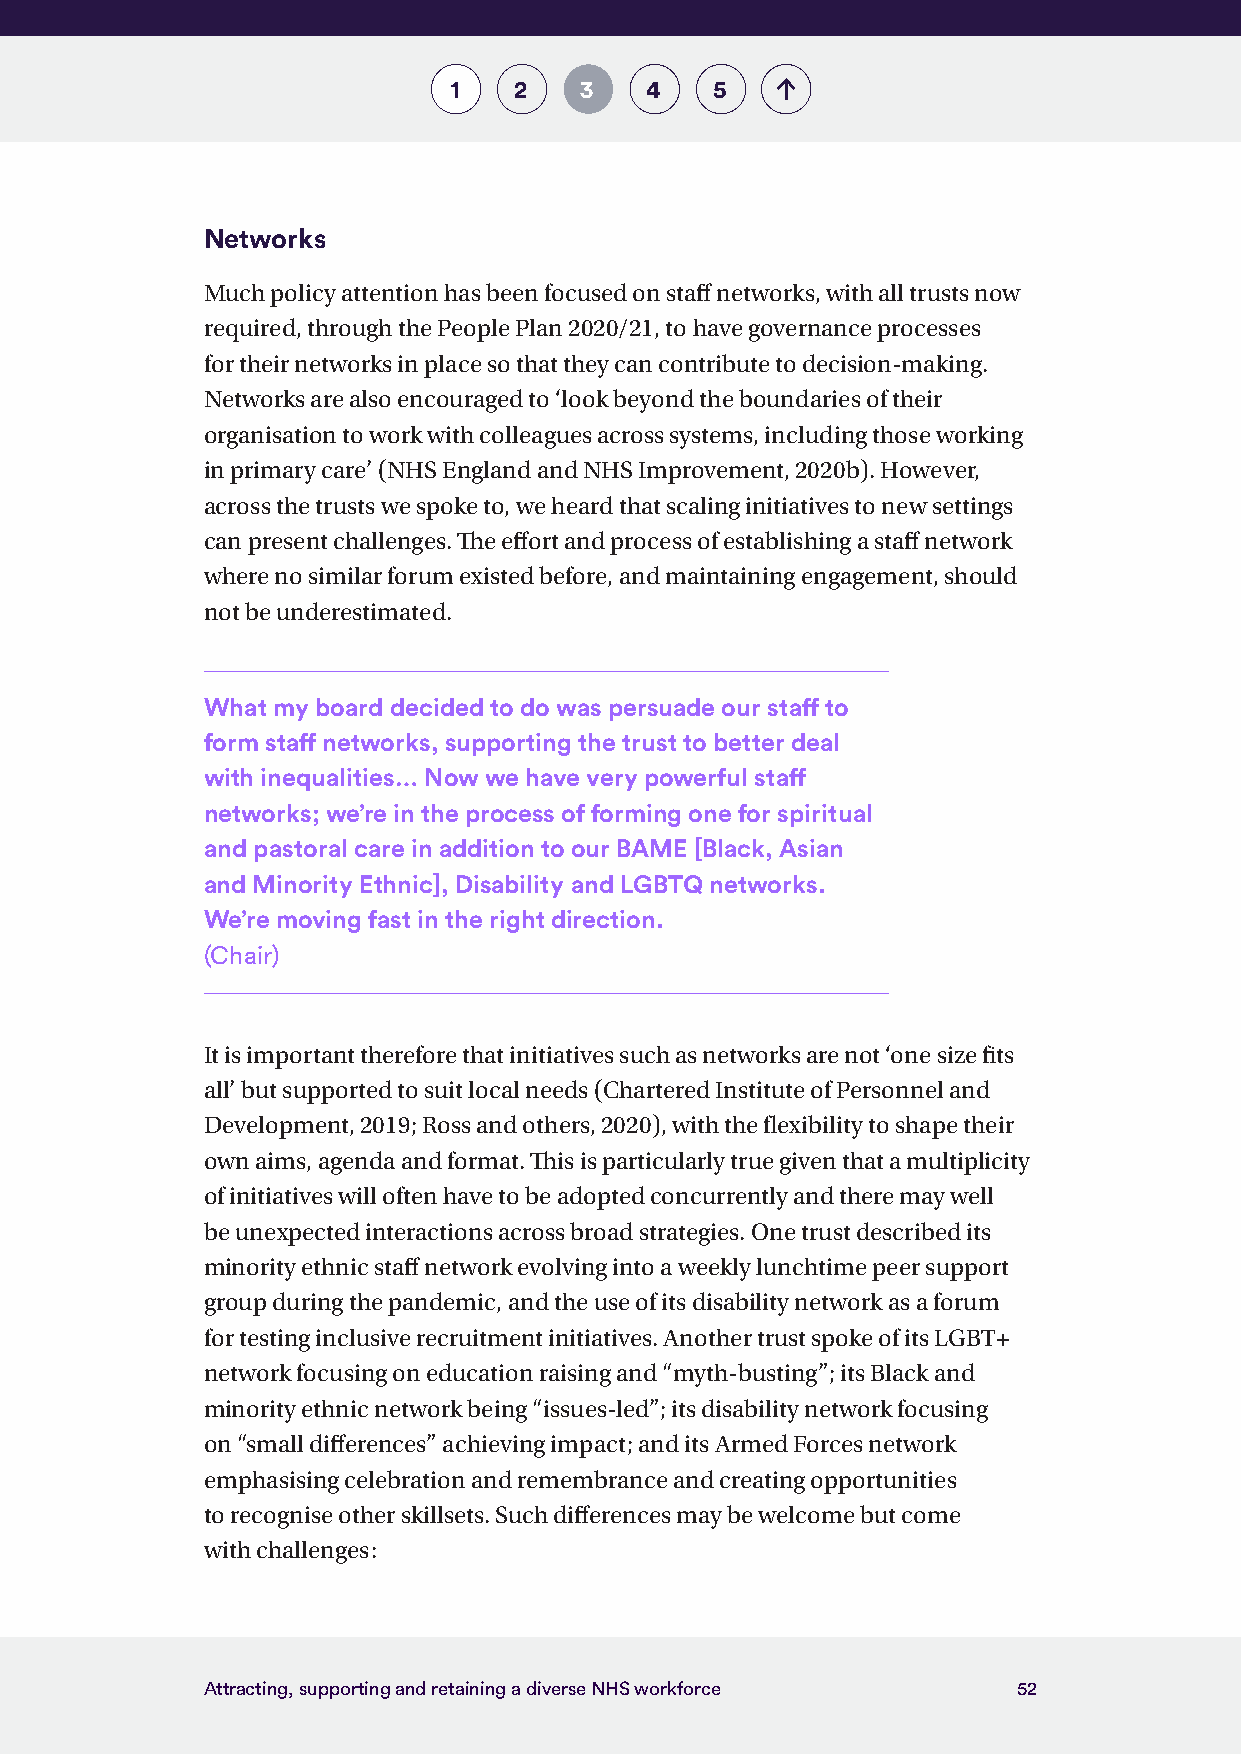
1   2   3    4   5
 Networks
 Much policy attention has been focused on staff networks, with all trusts now
 required, through the People Plan 2020/21, to have governance processes
 for their networks in place so that they can contribute to decision-making.
 Networks are also encouraged to ‘look beyond the boundaries of their
 organisation to work with colleagues across systems, including those working
 in primary care’ (NHS England and NHS Improvement, 2020b). However,
 across the trusts we spoke to, we heard that scaling initiatives to new settings
 can present challenges. The effort and process of establishing a staff network
 where no similar forum existed before, and maintaining engagement, should
 not be underestimated.
 What my board decided to do was persuade our staff to
 form staff networks, supporting the trust to better deal
 with inequalities… Now we have very powerful staff
 networks; we’re in the process of forming one for spiritual
 and pastoral care in addition to our BAME [Black, Asian
 and Minority Ethnic], Disability and LGBTQ networks.
 We’re moving fast in the right direction.
 (Chair)
 It is important therefore that initiatives such as networks are not ‘one size fits
 all’ but supported to suit local needs (Chartered Institute of Personnel and
 Development, 2019; Ross and others, 2020), with the flexibility to shape their
 own aims, agenda and format. This is particularly true given that a multiplicity
 of initiatives will often have to be adopted concurrently and there may well
 be unexpected interactions across broad strategies. One trust described its
 minority ethnic staff network evolving into a weekly lunchtime peer support
 group during the pandemic, and the use of its disability network as a forum
 for testing inclusive recruitment initiatives. Another trust spoke of its LGBT+
 network focusing on education raising and “myth-busting”; its Black and
 minority ethnic network being “issues-led”; its disability network focusing
 on “small differences” achieving impact; and its Armed Forces network
 emphasising celebration and remembrance and creating opportunities
 to recognise other skillsets. Such differences may be welcome but come
 with challenges:
 Attracting, supporting and retaining a diverse NHS workforce 52